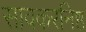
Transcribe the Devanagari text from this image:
सावकरनिष्ठ